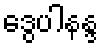
ဒွေပါနန္ဒ